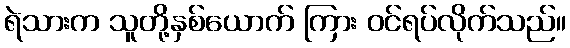
ရဲသားက သူတို့နှစ်ယောက် ကြား ဝင်ရပ်လိုက်သည်။